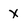
Character: X